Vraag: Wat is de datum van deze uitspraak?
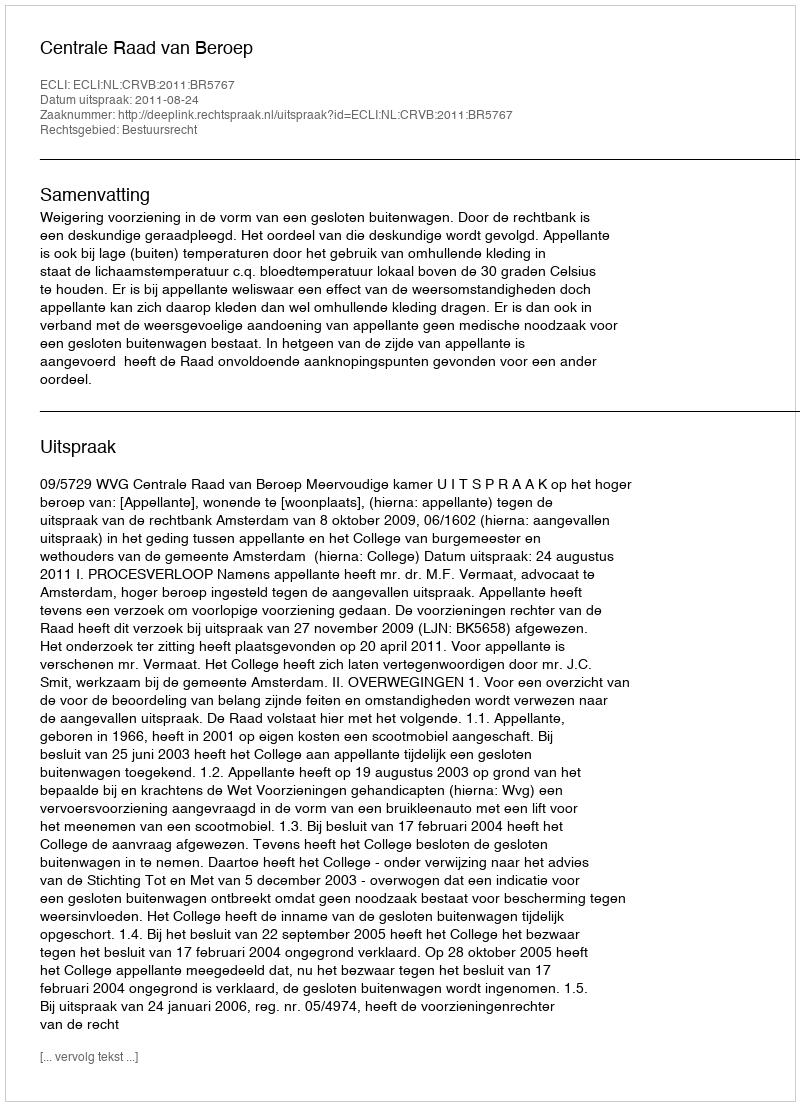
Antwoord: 2011-08-24